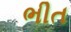
ભીત